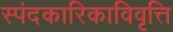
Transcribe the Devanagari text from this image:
स्पंदकारिकाविवृत्ति